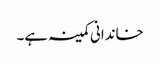
خاندانی کمینہ ہے۔